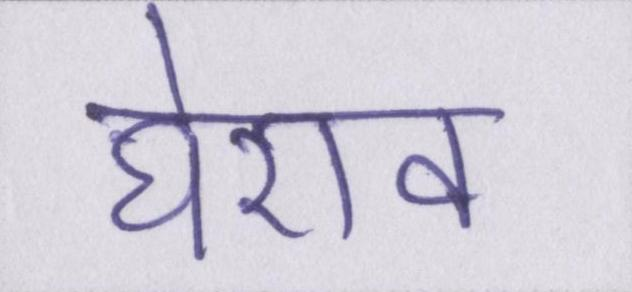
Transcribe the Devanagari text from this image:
घेराव